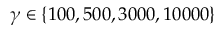
\gamma \in \{ 1 0 0 , 5 0 0 , 3 0 0 0 , 1 0 0 0 0 \}